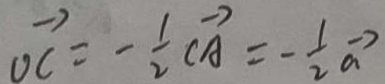
\overrightarrow { O C } = \frac { 1 } { 2 } \overrightarrow { C A } = - \frac { 1 } { 2 } \overrightarrow { a }